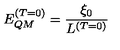
E _ { Q M } ^ { ( T = 0 ) } = \frac { \xi _ { 0 } } { L ^ { ( T = 0 ) } }